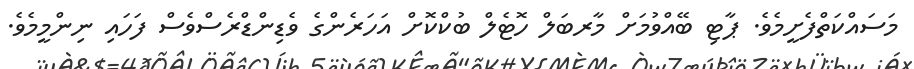
މަސައްކަތްފެށީމެވެ. ޕާޓި ބޭއްވުމަށް މާރބަލް ހޮޓެލް ބުކްކޮށް އަހަރެންގެ ވެޑިންޑްރެސްވެސް ފަހައި ނިންމީމެވެ.